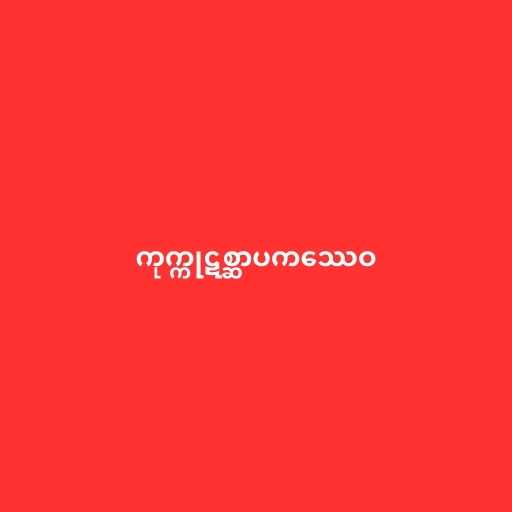
ကုက္ကုဋစ္ဆာပကဿေဝ